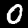
Digit: 0